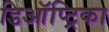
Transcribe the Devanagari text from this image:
डिऑप्ट्रिका